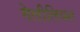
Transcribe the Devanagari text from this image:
गेलीलियन